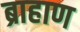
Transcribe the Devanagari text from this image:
ब्राहाण